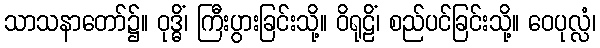
သာသနာတော်၌။ ဝုဒ္ဓိံ၊ ကြီးပွားခြင်းသို့။ ဝိရုဠိံ၊ စည်ပင်ခြင်းသို့။ ဝေပုလ္လံ၊